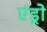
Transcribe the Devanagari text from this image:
एंड्रो